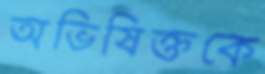
অভিষিক্তকে